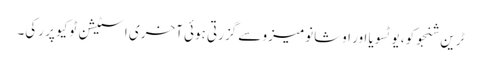
ٹرین شنجوکو، یوٹسویا اور اوشانومیزو سے گزرتی ہوئی آخری اسٹیشن ٹوکیو پر رکی۔